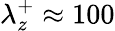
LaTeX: \lambda_{z}^{+}\approx 100